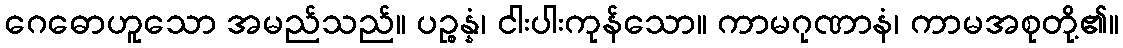
ဂေဓောဟူသော အမည်သည်။ ပဉ္စန္နံ၊ ငါးပါးကုန်သော။ ကာမဂုဏာနံ၊ ကာမအစုတို့၏။